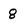
Character: 8